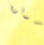
تحولوا